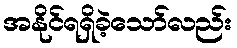
အနိုင်ရရှိခဲ့သော်လည်း